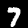
Label: 7